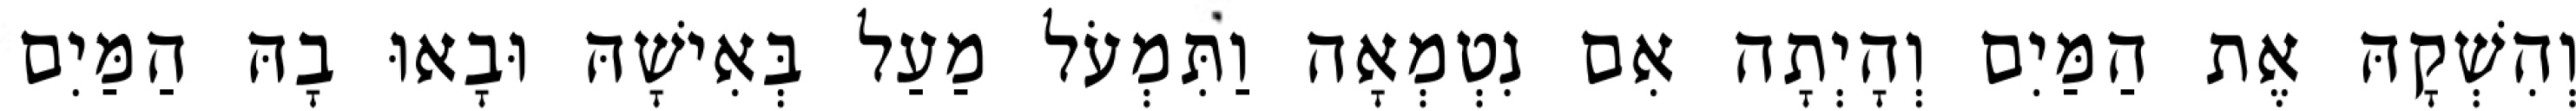
וְהִשְׁקָהּ אֶת הַמַּיִם וְהָיְתָה אִם נִטְמְאָה וַתִּמְעֹל מַעַל בְּאִישָׁהּ וּבָאוּ בָהּ הַמַּיִם